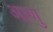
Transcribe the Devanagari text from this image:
आणु